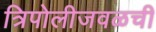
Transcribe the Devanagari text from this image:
त्रिपोलीजवळची